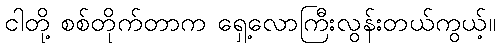
ငါတို့ စစ်တိုက်တာက ရှေ့လောကြီးလွန်းတယ်ကွယ့်။